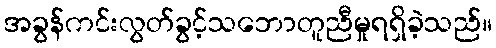
အခွန်ကင်းလွတ်ခွင့်သဘောတူညီမှုရရှိခဲ့သည်။